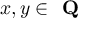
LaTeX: x , y \in { \textbf { Q } }